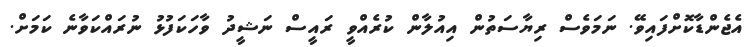
އެޖެންޑާކޮށްފައިވޭ. ނަމަވެެސް ރިޔާސަތުން އިއުލާން ކުރެއްވީ ރައީސް ނަޝީދު ވާހަކަފުޅު ނުރައްކަވާނެ ކަމަށް.